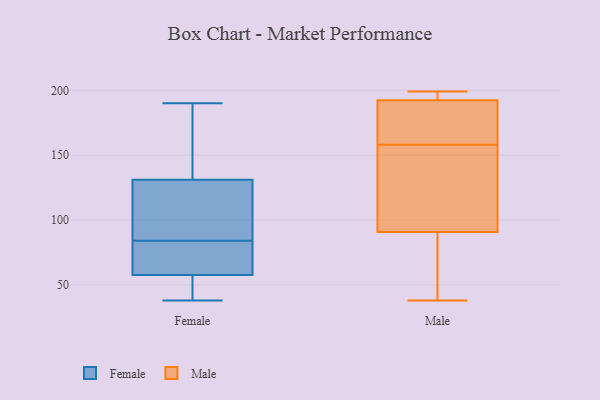
{"axis": {"x": "Latency (ms)", "y": "Value"}, "legend": ["Female", "Male"], "data": [{"x": "", "y": 38, "type": "Female"}, {"x": "", "y": 79, "type": "Female"}, {"x": "", "y": 47, "type": "Female"}, {"x": "", "y": 39, "type": "Female"}, {"x": "", "y": 84, "type": "Female"}, {"x": "", "y": 82, "type": "Female"}, {"x": "", "y": 146, "type": "Female"}, {"x": "", "y": 112, "type": "Female"}, {"x": "", "y": 190, "type": "Female"}, {"x": "", "y": 44, "type": "Female"}, {"x": "", "y": 120, "type": "Female"}, {"x": "", "y": 65, "type": "Female"}, {"x": "", "y": 131, "type": "Female"}, {"x": "", "y": 148, "type": "Female"}, {"x": "", "y": 65, "type": "Female"}, {"x": "", "y": 55, "type": "Female"}, {"x": "", "y": 131, "type": "Female"}, {"x": "", "y": 165, "type": "Female"}, {"x": "", "y": 87, "type": "Female"}, {"x": "", "y": 91, "type": "Male"}, {"x": "", "y": 158, "type": "Male"}, {"x": "", "y": 196, "type": "Male"}, {"x": "", "y": 104, "type": "Male"}, {"x": "", "y": 75, "type": "Male"}, {"x": "", "y": 192, "type": "Male"}, {"x": "", "y": 199, "type": "Male"}, {"x": "", "y": 38, "type": "Male"}, {"x": "", "y": 90, "type": "Male"}, {"x": "", "y": 98, "type": "Male"}, {"x": "", "y": 177, "type": "Male"}, {"x": "", "y": 193, "type": "Male"}, {"x": "", "y": 186, "type": "Male"}]}